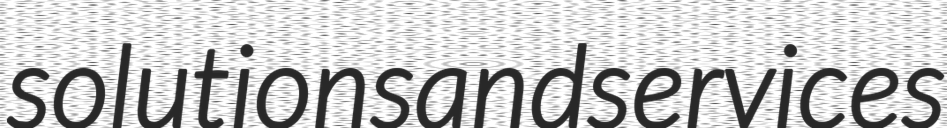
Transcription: solutions and services